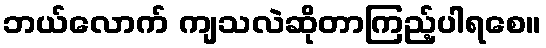
ဘယ်လောက် ကျသလဲဆိုတာကြည့်ပါရစေ။